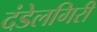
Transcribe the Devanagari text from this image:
दंडेलगिरी